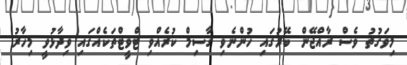
މިވަގުތު ވެސް ރާއްޖޭން ބޭރުގައި ހުންނެވި ގާސިމް ކުރެއްވި ޓްވީޓްތަކެއްގައި ވިދާޅުވީ މިހާރު